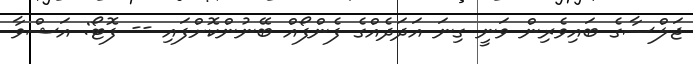
ޖަލްސާގެ ބައިވެރިން ވަނީ ގިނަ އަދަދެއްގެ ފެންފޯއް ބޭނުންކޮށްފައި -- ފޮޓޯ: އަޝްވާ